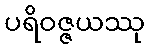
ပရိဝဇ္ဇယဿု